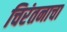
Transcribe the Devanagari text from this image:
चिरंतनाचा